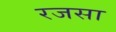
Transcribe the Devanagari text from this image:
रजसा